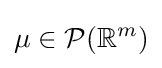
\mu \in {\mathcal {P}}(\mathbb {R} ^{m})